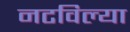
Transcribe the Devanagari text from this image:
नटविल्या